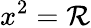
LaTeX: x^{2}=\mathcal{R}